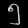
Digit: ၅